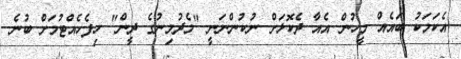
އެކަމަކު ބައެއް މީހުން އެއާ ދެކޮޅަށް ނުކުންނަނީ "މެދުމިނުގެ ދީން" ހިފެހެއްޓުމަށް ބުނެ